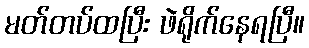
မတ်တပ်ထပြီး ဖဲရိုက်နေရပြီ။